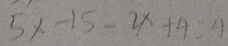
5 x - 1 5 - 2 x + 4 = 4